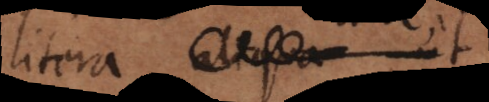
litera aliqua, ut